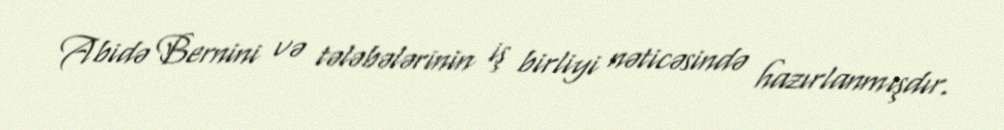
Abidə Bernini və tələbələrinin iş birliyi nəticəsində hazırlanmışdır.